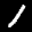
Label: 1